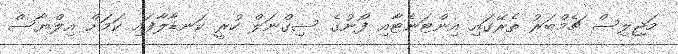
މަޖިލިސް ޗެމްބަރު ތެރޭގައި އިންޓަނެޓާއި ފޯނުގެ ސިގްނަލް ހުރީ ކަނޑާލާފައި ކަމަށް އިލްޔާސް